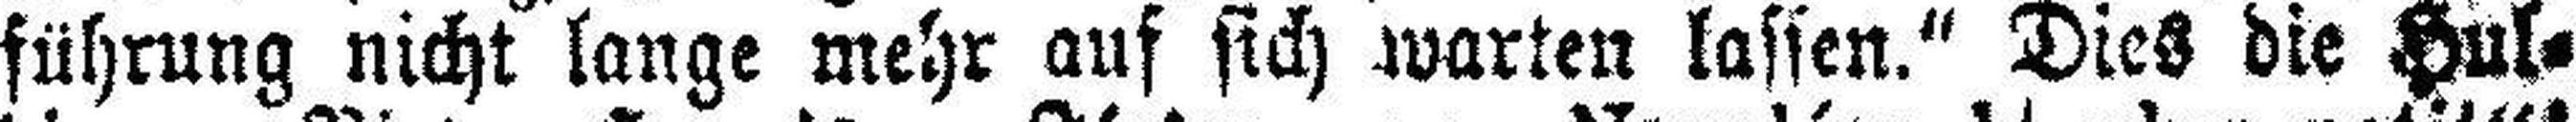
führung nicht lange mehr auf sich warten lassen.“ Dies die Hul¬